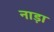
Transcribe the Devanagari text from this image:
नाड़ा